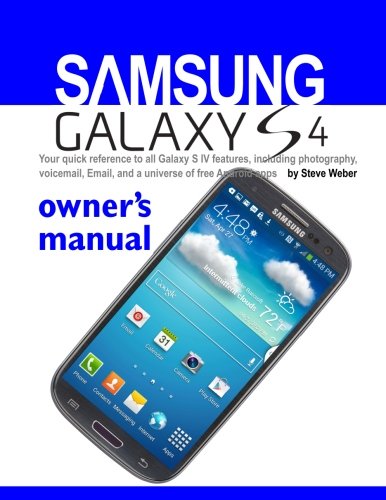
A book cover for Samsung Galaxy S4 Owner's Manual:: Your quick reference to all Galaxy S IV features, including photography, voicemail, Email, and a universe of free Android apps; Steve Weber; Computers & Technology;